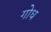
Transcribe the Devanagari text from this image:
गोध